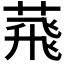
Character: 𦴧